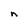
Character: n